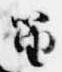
笛